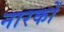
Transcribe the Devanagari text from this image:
नारकों